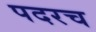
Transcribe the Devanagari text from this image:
पदरच